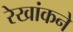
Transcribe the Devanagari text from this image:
रेखांकने